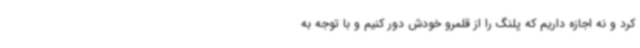
کرد و نه اجازه داریم که پلنگ را از قلمرو خودش دور کنیم و با توجه به